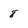
Character: 8